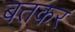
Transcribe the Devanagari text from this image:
बतकर